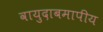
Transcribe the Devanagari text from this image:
वायुदाबमापीय